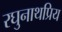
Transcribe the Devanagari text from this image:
रघुनाथप्रिय